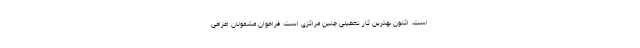
است. اکنون بهترین کار تعطیلی چنین مراکزی است‌. فراخوان مشمولان اعزامی